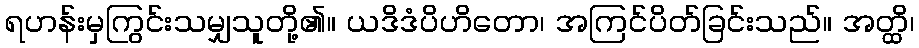
ရဟန်းမှကြွင်းသမျှသူတို့၏။ ယဒိဒံပိဟိတော၊ အကြင်ပိတ်ခြင်းသည်။ အတ္ထိ၊